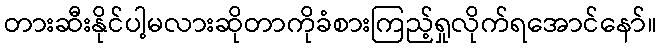
တားဆီးနိုင်ပါ့မလားဆိုတာကိုခံစားကြည့်ရှုလိုက်ရအောင်နော်။